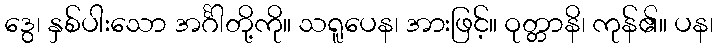
ဒွေ၊ နှစ်ပါးသော အင်္ဂါတို့ကို။ သရူပေန၊ အားဖြင့်။ ဝုတ္တာနိ၊ ကုန်၏။ ပန၊